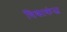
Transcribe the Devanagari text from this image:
विद्याकंज